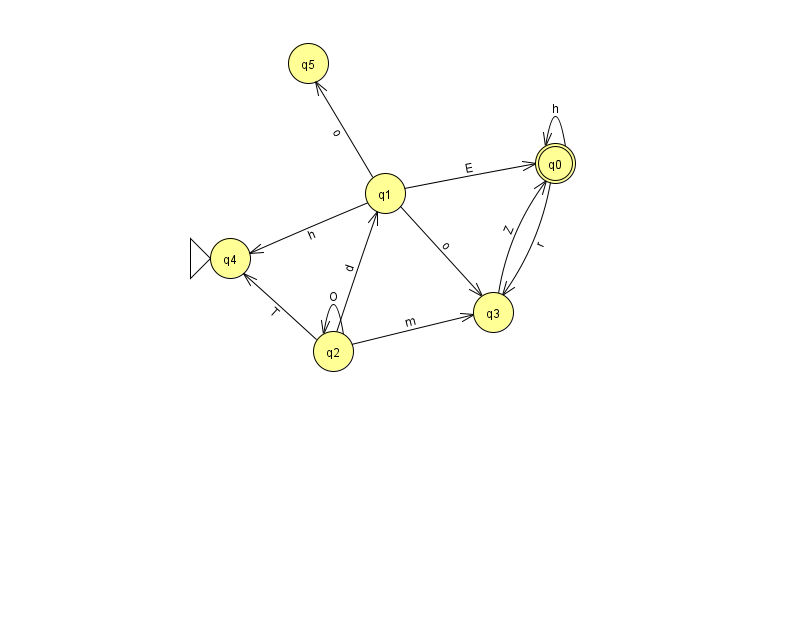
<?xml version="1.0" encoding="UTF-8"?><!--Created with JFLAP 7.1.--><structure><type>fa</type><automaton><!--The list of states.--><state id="0" name="q0"><x>555.0</x><y>150.0</y><final/></state><state id="1" name="q1"><x>385.0</x><y>180.0</y></state><state id="2" name="q2"><x>333.0</x><y>338.0</y></state><state id="3" name="q3"><x>493.0</x><y>299.0</y></state><state id="4" name="q4"><x>230.0</x><y>245.0</y><initial/></state><state id="5" name="q5"><x>308.0</x><y>50.0</y></state><!--The list of transitions.--><transition><from>2</from><to>1</to><read>d</read></transition><transition><from>1</from><to>5</to><read>o</read></transition><transition><from>3</from><to>0</to><read>Z</read></transition><transition><from>2</from><to>4</to><read>T</read></transition><transition><from>0</from><to>0</to><read>h</read></transition><transition><from>1</from><to>3</to><read>o</read></transition><transition><from>1</from><to>4</to><read>h</read></transition><transition><from>1</from><to>0</to><read>E</read></transition><transition><from>0</from><to>3</to><read>r</read></transition><transition><from>2</from><to>3</to><read>m</read></transition><transition><from>2</from><to>2</to><read>O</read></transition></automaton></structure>